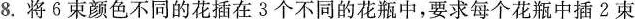
8.将6束颜色不同的花插在3个不同的花瓶中，要求每个花瓶中插2束